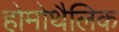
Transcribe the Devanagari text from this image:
होमोथैलिक